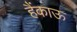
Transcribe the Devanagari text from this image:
हैंकाऊ